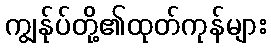
ကျွန်ုပ်တို့၏ထုတ်ကုန်များ